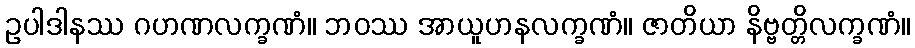
ဥပါဒါနဿ ဂဟဏလက္ခဏံ။ ဘဝဿ အာယူဟနလက္ခဏံ။ ဇာတိယာ နိဗ္ဗတ္တိလက္ခဏံ။